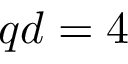
q d = 4